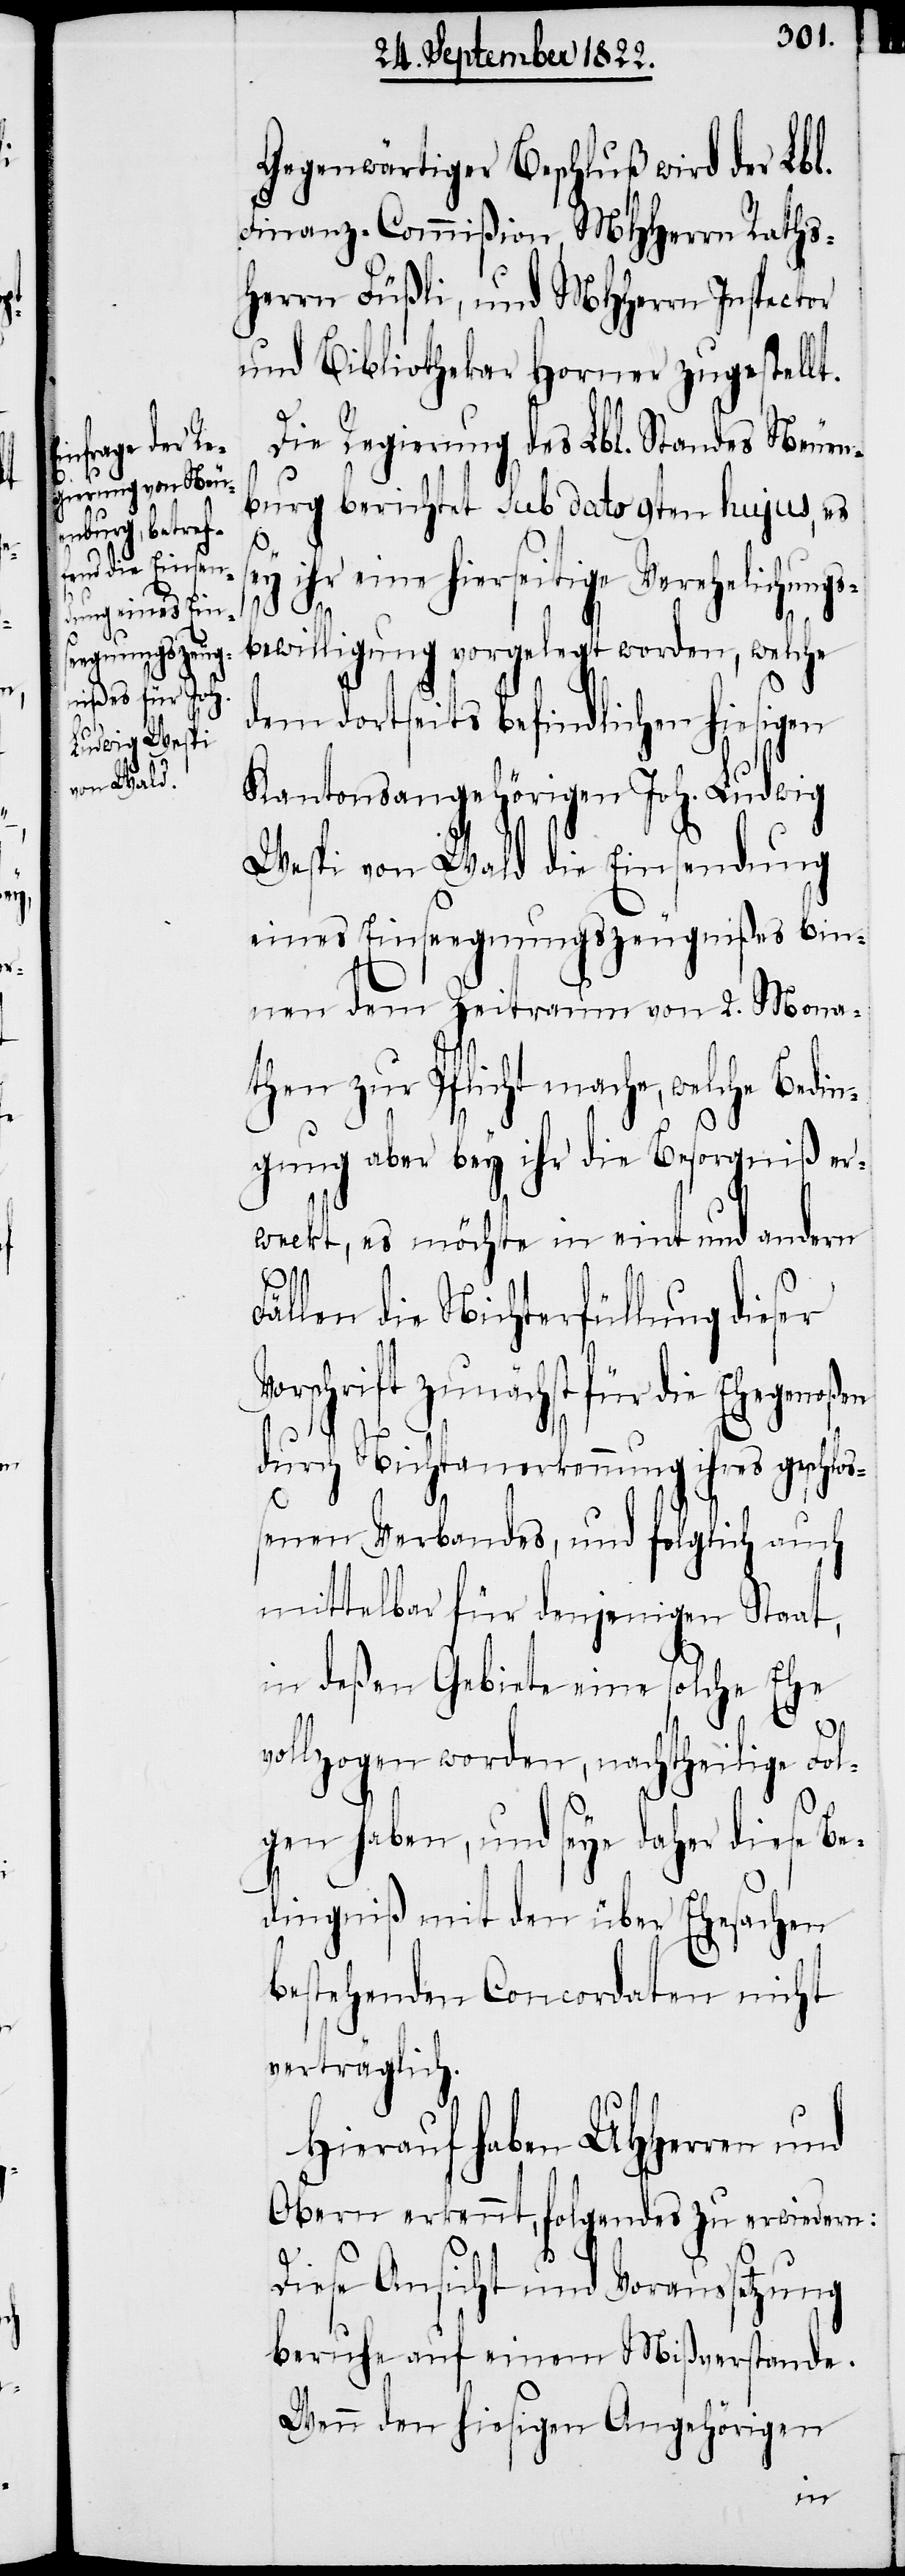
Gegenwärtiger Beschluß wird der Lbl.
Finanz-Commißion MHHerrn Raths¬
herrn Füßli, und MHHerrn Inspector
und Bibliothekar Horner zugestellt.
Die Regierung des Lbl. Standes Neuen¬
burg bericht Sub dato 9ten hujus, es
ey ihr eine hierseitige Verehelichungs¬
s¬
bewilligung vorgelegt worden, welche
dem dortseits befindlichen hiesigen
Kantonsangehörigen Joh. Ludwig
Wespi von Wald die Einsendung
eines Einseegnungszeugnißes bin¬
nen dem Zeitraum von 2. Mona¬
then zur Pflicht mache, welche Bedin¬
gung aber ihr die Besorgniß er¬
weckt, es möchte in eint und andern
Fällen die Nichterfüllung dieser
Vorschrift zunächst für die Ehegenoßen
durch Nichtanerkennung ihres geschlo¬
ßenen Verbandes, und sogleich auch
mittelbar für denjenigen Staat,
in deßen Gebiete eine solche Ehe
vollzogen worden, nachtheilige Fol¬
gen haben, und seye daher diese Be¬
dingniß mit den über Ehesachen
bestehenden Concordaten nicht
verträglich.
Hierauf haben UHHerrn und
Obern erkennt, folgendes zu erwiedern:
Diese Ansicht und Voraussetzung
beruhe auf einem Mißverstande.
Wenn den hiesigen Angehörigen